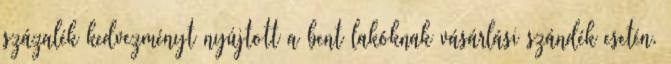
százalék kedvezményt nyújtott a bent lakóknak vásárlási szándék esetén.